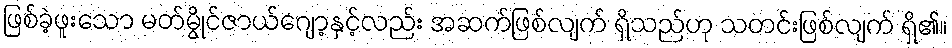
ဖြစ်ခဲ့ဖူးသော မတ်မွိုင်ဇာယ်ဂျော့နှင့်လည်း အဆက်ဖြစ်လျက် ရှိသည်ဟု သတင်းဖြစ်လျက် ရှိ၏။